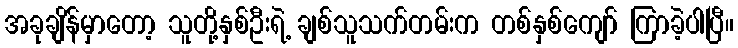
အခုချိန်မှာတော့ သူတို့နှစ်ဦးရဲ့ ချစ်သူသက်တမ်းက တစ်နှစ်ကျော် ကြာခဲ့ပါပြီ။